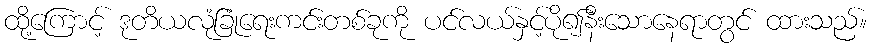
ထို့ကြောင့် ဒုတိယလုံခြုံရေးကင်းတစ်ခုကို ပင်လယ်နှင့်ပို၍နီးသောနေရာတွင် ထားသည်။